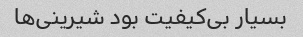
بسیار بی‌کیفیت بود شیرینی‌ها